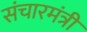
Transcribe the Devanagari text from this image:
संचारमंत्री